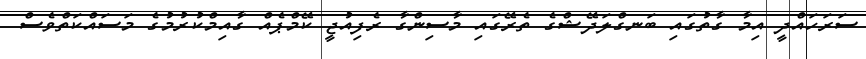
ސަރަހައްދީ އިމާ ގާތުގައި ބަނގްލަދޭޝްގެ ތެރޭގައި މާސިންގާ ރެފިއުޖީ ކޭމްޕެއް ގާއިމްކުރުމުގެ މަސައްކަތްވެސް